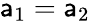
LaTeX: \mathsf{a}_{1}=\mathsf{a}_{2}